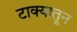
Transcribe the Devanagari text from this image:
टाक्यातून